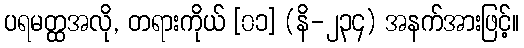
ပရမတ္ထအလို, တရားကိုယ် [၀၁] (နိ-၂၃၄) အနက်အားဖြင့်။